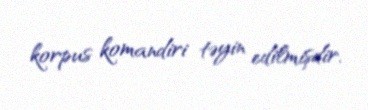
korpus komandiri təyin edilmişdir.